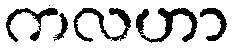
ကလဟာ